Kominterni_Eesti_sektsioon_Moskvas, lk 22
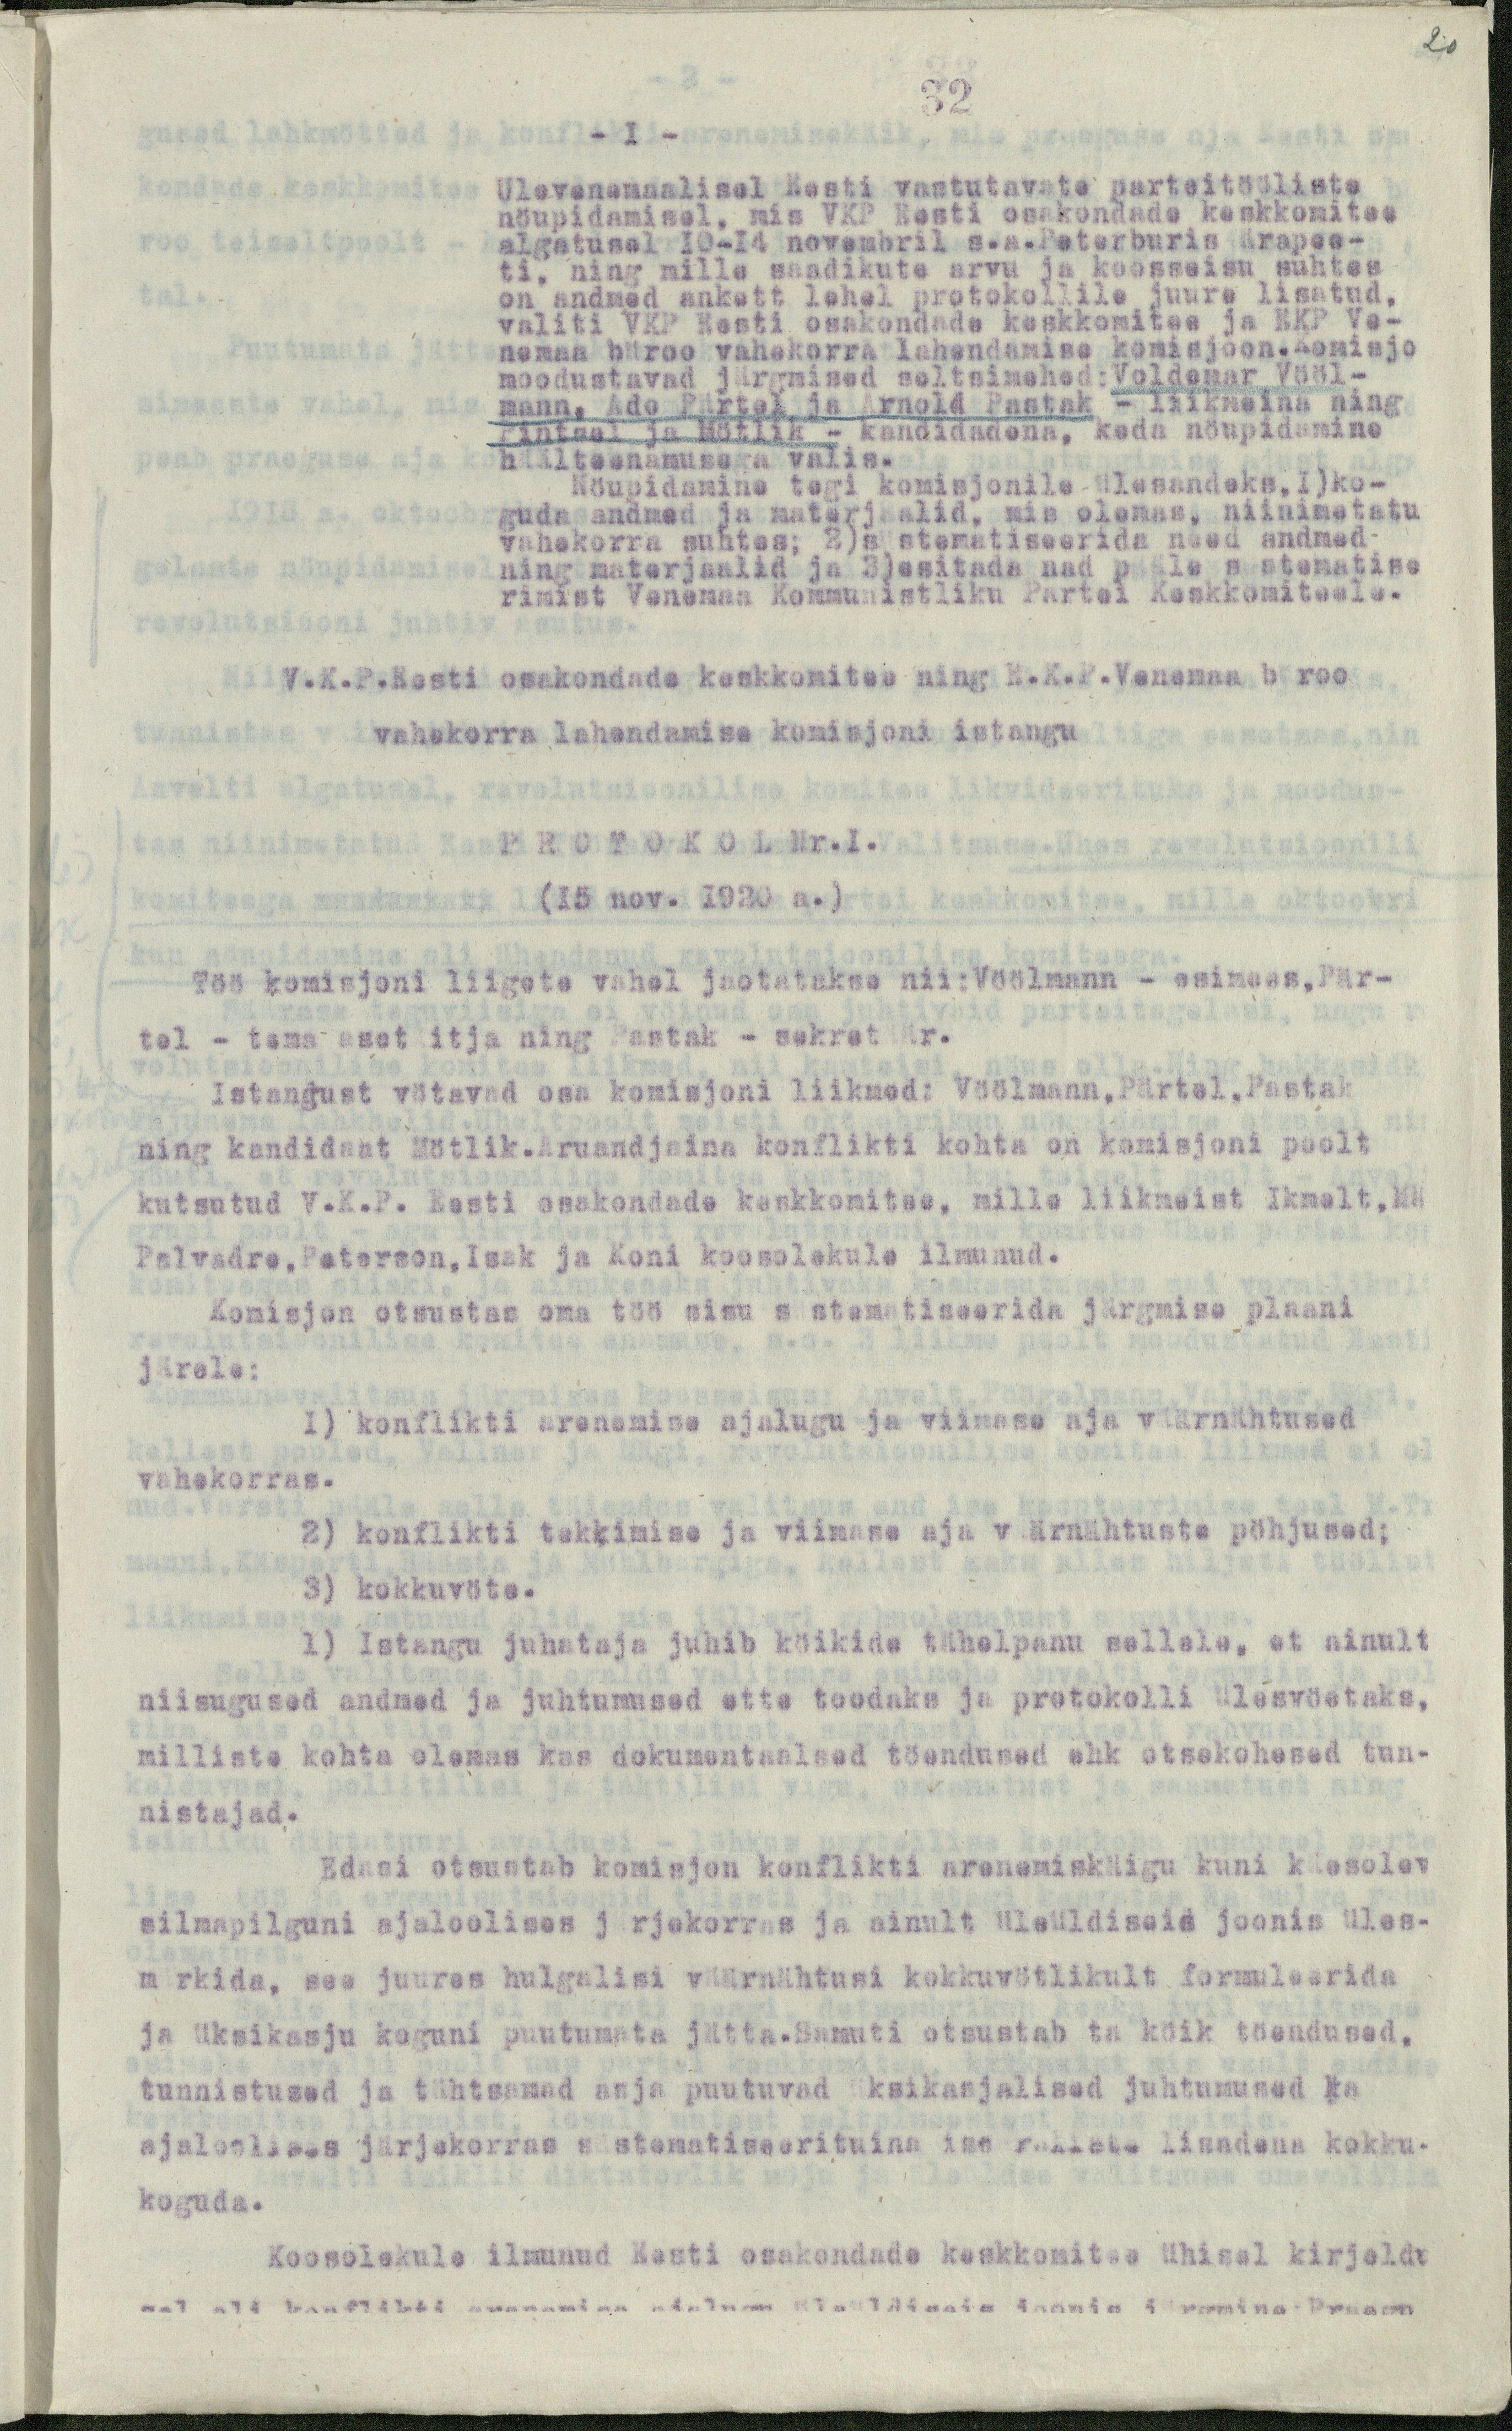
20

32
- 1 -
Ülevenemaalisel Eesti vastutavate parteitööliste
nöupidamisel, mis VKP Eesti osakondade keskkomitee
algatusel 10-14 novembril s.a.Peterburis ärapee-
ti, ning mille saadikute arvu ja koosseisu suhtes
on andmed ankett lehel protokollile juure lisatud.
valiti VKP Eesti osakondade keskkomitee ja EKP Ve-
nemaa büroo vahekorra lahendamise komisjoon.Komisjo
moodustavad järgmised seltsimehed: Voldemar Vööl-
mann, Ado Pärtel ja Arnold Pastak - liikmeina ning
Pintsel ja Mötlik - kandidadena, keda nöupidamine
häälteenamusega valis.
Nöupidamine tegi komisjonile ülesandeks,1)ko-
guda andmed ja materjaalid, mis olemas, niinimetatu
vahekorra suhtes: 2)süstematiseerida need andmed
ning materjaalid ja 3)esitada nad pääle süstematise
rimist Venemaa Kommunistliku Partei Keskkomiteele.
V.K.P.Eesti osakondade keskkomitee ning E.K.P.Venemaa büroo
vahekorra lahendamise komisjoni istangu
PROTOKOL Nr.1.
(15 nov. 1920 a.)
Töö komisjoni liigete vahel jaotatakse nii:Vöölmann - esimees,Pär-
tel - tema asetäitja ning Pastak - sekretäär.
Istangust vötavad osa komisjoni liikmed: Vöölmann, Pärtel, Pastak
ning kandidaat Mötlik.Aruandjaina konflikti kohta on komisjoni poolt
kutsutud V.K.P. Eesti osakondade keskkomitee, mille liikmeist Ikmalt,Ma
Palvadre,Peterson,Isak ja Koni koosolekule ilmunud.
Komisjon otsustas oma töö sisu süstematiseerida järgmise plaani
järele:
1) konflikti arenemise ajalugu ja viimase aja väärnähtused
vahekorras.
2) konflikti tekkimise ja viimase aja väärnähtuste põhjused;
3) kokkuvöte.
1) Istangu juhataja juhib köikida tähelepanu sellele, et ainult
niisugused andmed ja juhtumused ette toodaks ja protokolli ülesvöetaks,
milliste kohta olemas kas dokumentaalsed töendused ehk otsekohesed tun-
nistajad.
Edasi otsustab komisjon konflikti arenemiskäigu kuni käesolev
silmapilguni ajaloolises järjekorras ja ainult üleüldiseis joonis üles-
märkida, see juures hulgalisi väärnähtusi kokkuvötlikult formuleerida
ja üksikasju koguni puutumata jätta.Samuti otsustab ta köik töendused,
tunnistused ja tähtsamad asja puutuvad üksikasjalised juhtumused ka
ajaloolises järjekorras süstematiseerituina ise faktele lisadena kokku-
koguda.
Koosolekule ilmunud Eesti osakondade keskkomitee ühisel kirjeldu
sel oli konflikti arenemise ajalugu üleüldiseis joonis järgmine. Praegu